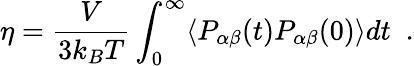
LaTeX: \eta=\frac{V}{3k_{B}T}\int_{0}^{\infty}\langle P_{\alpha\beta}(t)P_{\alpha\beta}(0)\rangle dt\ \; .